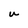
Character: U